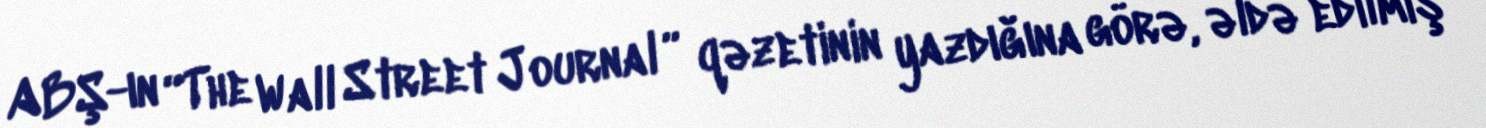
ABŞ-ın “The Wall Street Journal ” qəzetinin yazdığına görə, əldə edilmiş